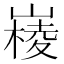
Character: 𡼹